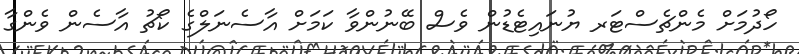
ހޯދުމަށް މެންޗެސްޓަރ ޔުނައިޓެޑުން ވެސް ބޭނުންވާ ކަމަށް އާސެނަލްގެ ކޯޗު އާސެން ވެންގާ